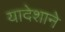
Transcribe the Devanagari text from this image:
यादेशाने